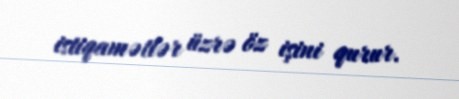
istiqamətlər üzrə öz işini qurur.